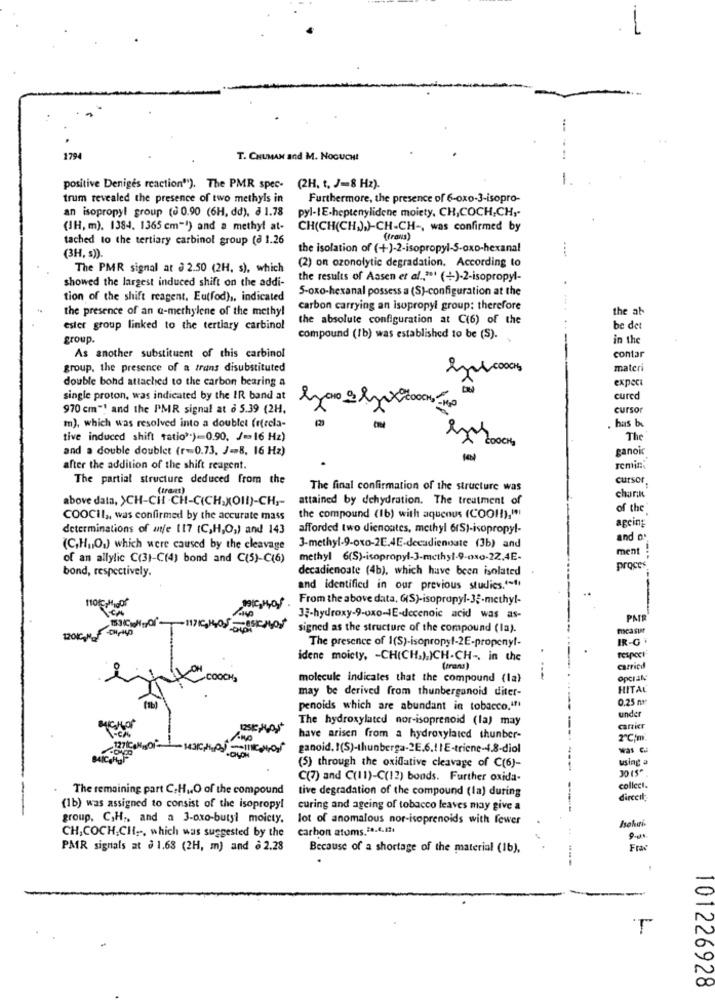
1794
T. CHuMAN and M. NOGUCHI
positive Deniges reaction""). The PMR spec- (2H. t. J=8 Hz).
trum revealed the presence of two methyls in
Furthermore, the presence of 6-ox0-3-isopro-
an isopropyl group ( 0.90 (6H, dd), à 1.78
pyl-1E-heptenylidene moiety, CH,COCH,CH ,-
(IH, m). 1384. 1365 cm"!) and a methyl at-
CH(CH(CH).)-CH-CH -, was confirmed by
tached to the tertiary carbinol group (a 1.26
(frans)
the isolation of (+)-2-isopropyl-S-oxo-hexanal
(3H, s)).
(2) on ozonolytic degradation. According to
The PMR signal at @ 2.50 (2H. s), which
the results of Aasen et al .,*** (+)-2-isopropyl-
showed the largest induced shift on the addi-
5-oxo-hexanal possess a (S)-configuration at the
tion of the shift reagent, Eutfod) ,, indicated
the presence of an @-methylene of the methyl
carbon carrying an isopropyl group: therefore
the ab
the absolute configuration at C(6) of the
ester group linked to the tertiary carbinol
be det
group.
compound (1b) was established to be (S).
in the
As another substituent of this carbinol
contar
group, the presence of a trans disubstituted
materi
double bohd attached to the carbon bearing a
expec
single proton, was indicated by the IR band at
cured
970 cm"! and the PMR signal at à 5.39 (2H.
cursor
m), which was resolved into a doublet (recla-
has bu
tive induced shift tatio')-0.90. / == 16 Hz)
ŁoOCH,
The
and a double doublet (r=0.73. J=8, 16 Hz)
ganoic
after the addition of the shift reagent.
remin
The partial structure deduced from the
cursor
The final confirmation of the structure was
above data, yCH-CH -CH-CICH,XOII)-CH-
attained by dehydration. The treatment of
charik
of the
COOCHI ,, was confirmed by the accurate mass
the compound (Ib) with aqueous (COOH),")
ageing
determinations of aje 117 (C,H,O,) and 143
afforded two dienoates, methyl 6(S)-isopropyl-
and a
(C,HuOu) which were caused by the cleavage
3-methyl-9-oxo-2E.4E-decadienoate (3b) and
ment
of an allylic C(3)-C(4) bond and C(5)-C(6)
methyl 6(S)-isopropyl-3-methyl-9-oxo-22,4E-
bond, respectively.
decadienoate (4b), which have been isolated
proces
and identified in our previous studies.'s !!
From the above data, G(S)-isopropyl-33-methyl-
33-hydroxy-9-oxo-JE-decenoic acid was as-
PMR
ICH SCHON
signed as the structure of the compound (la).
measur
120
The presence of 1(S)-isopropyl-2E-propenyf-
IR-G
idene moiety, - CH(CH.),)CH-CH -, in the
-
respect
(trans)
carried
COOCH
molecule indicates that the compound (la)
may be derived from thunberganoid diter-
HITAL
0.25 n:
penoids which are abundant in tobacco.""
The hydroxylated nor-isoprenoid (la) may
under
have arisen from a hydroxylated thunber-
2"℃;m
ganoid. I(S)-thunberga-2E.6.11E-triene-4.8-diol
using a
(5) through the oxidative cleavage of C(6)-
(7) and (11)-C(12) bonds. Further oxida-
The remaining part C.H ., O of the compound
tive degradation of the compound (la) during
collect.
dirceil
(1b) was assigned to consist of the isopropyl
curing and ageing of tobacco leaves may give a
group, C,H ., and a 3-oxo-butyl moicty.
lot of anomalous nor-isoprenoids with fewer
CH, COCH;CHI ,-, which was suggested by the
carbon atoms.38.6.17
Isohai
PAR signals at à 1.63 (2H, m) and à 2.28
Because of a shortage of the material (1b),
Fra
T
101226928